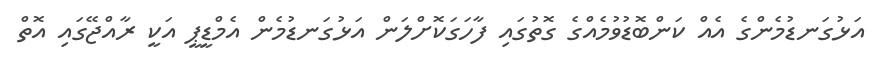
އަޅުގަނޑުމެންގެ އެއް ކަންބޮޑުވުމެއްގެ ގޮތުގައި ފާހަގަކޮށްލަން އަޅުގަނޑުމެން އެމްޑީޕީ އަކީ ރާއްޖޭގައި އޮތް